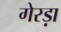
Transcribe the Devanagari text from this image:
गेरड़ा